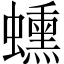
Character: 䗼